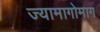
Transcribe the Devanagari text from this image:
ज्यामागोमाग